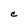
Character: C